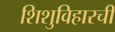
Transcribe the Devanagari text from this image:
शिशुविहारची